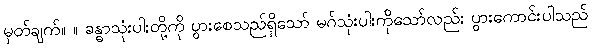
မှတ်ချက်။ ။ ခန္ဓာသုံးပါးတို့ကို ပွားစေသည်ရှိသော် မဂ်သုံးပါးကိုသော်လည်း ပွားကောင်းပါသည်